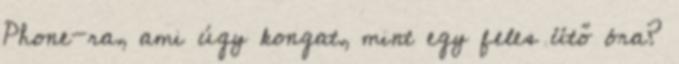
Phone-ra, ami úgy kongat, mint egy feles ütő óra?